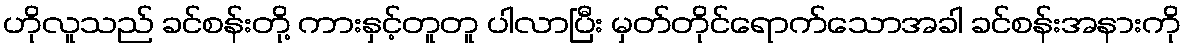
ဟိုလူသည် ခင်စန်းတို့ ကားနှင့်တူတူ ပါလာပြီး မှတ်တိုင်ရောက်သောအခါ ခင်စန်းအနားကို